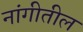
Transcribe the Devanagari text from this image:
नांगीतील